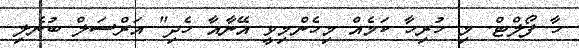
ހާ ފޯލްޓް. މި ހުރިހާ ކަމެއް މިހެންމިވީ އޭނާއާ ހެދި" އަރްސަލް ބުނެލި